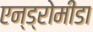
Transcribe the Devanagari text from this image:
एन्ड्रोमीडा